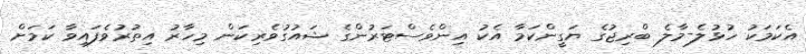
އެކަމަކު ހުޅުލެ-މާލެ ބްރިޖުގެ ޔަގީންކަމާ އެކު އިންވެސްޓަރުންގެ ޝައުގުވެރިކަން މިހާރު އިތުރުވެފައިވާ ކަމަށް